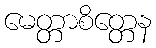
မေတ္တာစိတ္တေန